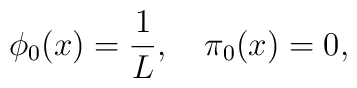
\phi_0(x) = \displaystyle \frac{1}{L}, \quad \pi_0(x) = 0,